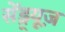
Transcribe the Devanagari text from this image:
सेंड्र्यूज़